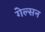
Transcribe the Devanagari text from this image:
गेल्सन